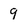
Character: 9